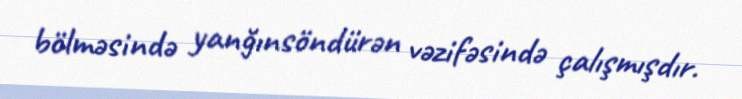
bölməsində yanğınsöndürən vəzifəsində çalışmışdır.